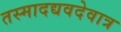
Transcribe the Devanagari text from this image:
तस्मादद्यवदेवात्र